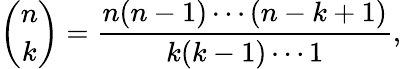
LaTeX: {\binom{n}{k}}={\frac{n(n-1)\dotsb(n-k+1)}{k(k-1)\dotsb 1}},